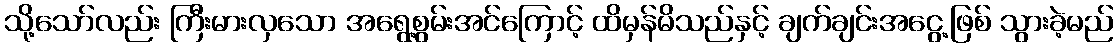
သို့သော်လည်း ကြီးမားလှသော အရွေ့စွမ်းအင်ကြောင့် ထိမှန်မိသည်နှင့် ချက်ချင်းအငွေ့ဖြစ် သွားခဲ့မည်